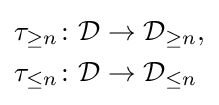
{\begin{aligned}\tau _{\geq n}&\colon {\mathcal {D}}\to {\mathcal {D}}_{\geq n},\\\tau _{\leq n}&\colon {\mathcal {D}}\to {\mathcal {D}}_{\leq n}\end{aligned}}